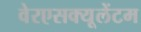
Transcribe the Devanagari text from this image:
वेरएसक्यूलेंटम